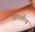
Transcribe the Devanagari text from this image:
फिनलैन्ड